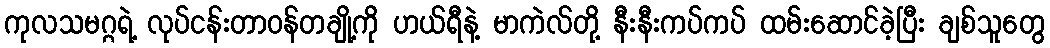
ကုလသမဂ္ဂရဲ့ လုပ်ငန်းတာဝန်တချို့ကို ဟယ်ရီနဲ့ မာကဲလ်တို့ နီးနီးကပ်ကပ် ထမ်းဆောင်ခဲ့ပြီး ချစ်သူတွေ